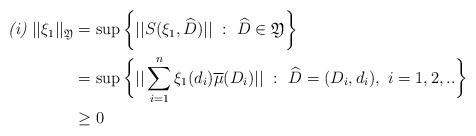
LaTeX: \begin{align*} {\textit{(i)}}~||\xi_1||_{\mathfrak{Y}} &= \sup \bigg\{||S(\xi_1, \widehat{D})||~:~\widehat{D} \in \mathfrak{Y} \bigg\} \\& =\sup \bigg\{||\sum_{i=1}^{n}\xi_1(d_i)\overline{\mu}(D_i)||~:~\widehat{D}=(D_i, d_i),~i=1,2,..\bigg\}\\& \geq 0 \end{align*}